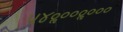
૫૪૦ૢ૦૦૦ૢ૦૦૦